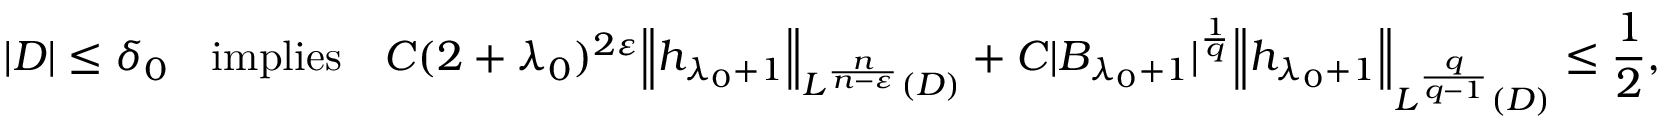
| D | \leq \delta _ { 0 } \ \ \ \mathrm { i m p l i e s ~ } \ \ C ( 2 + \lambda _ { 0 } ) ^ { 2 \varepsilon } { \left\| h _ { \lambda _ { 0 } + 1 } \right\| } _ { L ^ { \frac { n } { n - \varepsilon } } ( D ) } + C | B _ { \lambda _ { 0 } + 1 } | ^ { \frac { 1 } { q } } { \left\| h _ { \lambda _ { 0 } + 1 } \right\| } _ { L ^ { \frac { q } { q - 1 } } ( D ) } \leq \frac { 1 } { 2 } ,